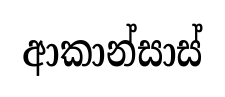
ආකාන්සාස්